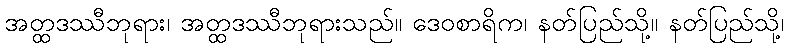
အတ္ထဒဿီဘုရား၊ အတ္ထဒဿီဘုရားသည်။ ဒေဝစာရိက၊ နတ်ပြည်သို့။ နတ်ပြည်သို့၊